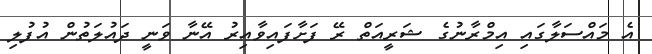
އެ މައްސަލާގައި އިމްރާނުގެ ޝަރީއަތް ރޭ ފަށާފައިވާއިރު އޭނާ ވަނީ ދައުލަތުން އުފުލި